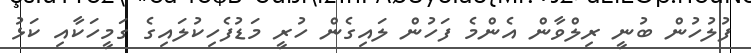
ފުލުހުން ބުނީ ރިލްވާން އެންމެ ފަހުން ލައިގެން ހުރީ މަޑުފެހިކުލައިގެ ގަމީހަކާއި ކަޅު